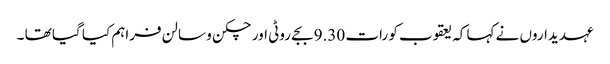
عہدیداروں نے کہا کہ یعقوب کو رات 9.30 بجے روٹی اور چکن و سالن فراہم کیا گیا تھا ۔